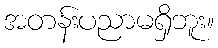
အတန်းပညာမရှိဘူး။